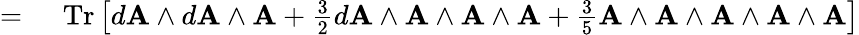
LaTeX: \begin{array}{rl}{={}}&{{}\operatorname{Tr}\left[d\mathbf{A}\wedge d\mathbf{A}\wedge\mathbf{A}+{\frac{3}{2}}d\mathbf{A}\wedge\mathbf{A}\wedge\mathbf{A}\wedge\mathbf{A}+{\frac{3}{5}}\mathbf{A}\wedge\mathbf{A}\wedge\mathbf{A}\wedge\mathbf{A}\wedge\mathbf{A}\right]}\end{array}